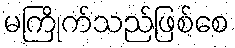
မကြိုက်သည်ဖြစ်စေ